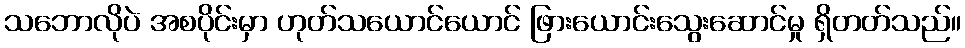
သဘောလိုပဲ အစပိုင်းမှာ ဟုတ်သယောင်ယောင် ဖြားယောင်းသွေးဆောင်မှု ရှိတတ်သည်။